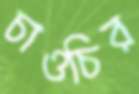
চাওচির